system: You are a helpful assistant.
user:
Analyze the provided spectrum to determine if it is a **White Dwarf (WD)**.

A White Dwarf spectrum is defined by its **extreme purity** (due to gravitational settling) and/or **extreme pressure broadening** (due to high surface gravity). You must check for one of the following mutually exclusive signatures:

- **Key Visual Indicators (Check for ONE of these types):**

    - **1. DA-Type Signature (Most Common):**
        - **(Primary Feature):** Extreme pressure broadening (Stark broadening) of the **Hydrogen (H) Balmer lines**.
        - **(Key Lines):** $H\beta$ (approx. $4861$ Å) and $H\gamma$ (approx. $4340$ Å). $H\alpha$ (approx. $6563$ Å) will also be present if the wavelength range covers it.
        - **(Line Profile):** This is the **defining feature**. The lines are **NOT** sharp. They appear as massive, **extremely broad and deep "troughs" or "dips"** in the spectrum, often hundreds of Ångströms wide. The continuum will appear to "scoop" down at these wavelengths.
        - **(Distinction):** Normal A-type or B-type stars have *narrow* and *sharp* Hydrogen lines. A DA White Dwarf's lines are unmistakably "smeared" or "blurry" from pressure.

    - **2. DB-Type Signature:**
        - **(Primary Feature):** Broad absorption lines from **Neutral Helium (He I)**. The spectrum must lack any visible Hydrogen lines.
        - **(Key Lines):** Look for broad absorption near $4471$ Å, $4921$ Å, and $5876$ Å.
        - **(Line Profile):** These lines are also significantly pressure-broadened, appearing much wider than they would in a normal B-type main-sequence star.

    - **3. DC-Type Signature:**
        - **(Primary Feature):** A **featureless continuous spectrum**.
        - **(Line Profile):** The spectrum is a smooth curve with **no significant absorption or emission lines**.
        - **(Key Confirmation):** The continuum is almost always **blue or white**, indicating a hot object. This signature implies the atmosphere is so pure (or so cool) that no spectral lines are visible in the optical range. Its WD identity is confirmed by its extremely low intrinsic brightness (high absolute magnitude).

    - **4. DZ-Type Signature (Metal-Polluted):**
        - **(Primary Feature):** **Isolated, narrow metal absorption lines** on an otherwise featureless (DC-like) continuum.
        - **(Key Lines):** The **Calcium (Ca II) H & K doublet** (approx. **$3934$ Å** and **$3968$ Å**) is the most common and defining feature.
        - **(Line Profile):** These lines are "out of place." They are *not* part of a "forest" of thousands of lines. This signature is evidence of recent *accretion* (pollution) from rocky debris.
        - **(Distinction):** Normal G/K/M stars have a *dense forest* of thousands of metal lines. A DZ has a *clean* continuum with *only a few* strong metal lines.

    - **5. DQ-Type Signature (Carbon-Polluted):**
        - **(Primary Feature):** Absorption bands from **Carbon (C₂ "Swan Bands" or atomic C I)**.
        - **(Key Lines - C₂):** Look for bandheads with a "saw-tooth" shape near $5635$ Å, **$5165$ Å** (strongest), and $4737$ Å.
        - **(Key Confirmation):** The underlying **continuum must be blue or white** (hot).
        - **(Distinction):** This is the critical difference from a **Carbon Star**, which has the *exact same* C₂ bands but on an extremely **red, cool** continuum.

- **(Overall Spectrum):**
    - The continuum (overall shape) is typically **blue-sloping** (brighter in the blue than the red), as most white dwarfs are very hot.
    - The spectrum will look "pure" or "simple," dominated by only *one* of the five signatures listed above.

Think first, call **spectral_visualization_tool** if needed to examine features in detail, then provide your final answer. Your response must adhere to the following strict rules:
1.  **Overall Structure:** Your response must follow the format `<think>...</think> <tool_call>...</tool_call> (if a tool is used) <answer>...</answer>`.
2.  **Tool Usage Constraint:** You may only make **one** tool call per turn.
3.  **Final Answer Format:** In the `<answer>` tag, your conclusion must be inside a `\boxed{}` command (e.g., `\boxed{YES}` or `\boxed{NO}`), followed by your justification.

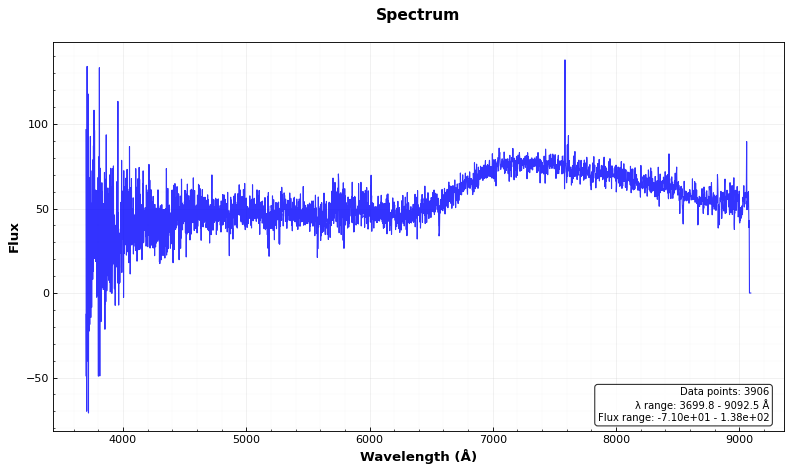
Answer: NO